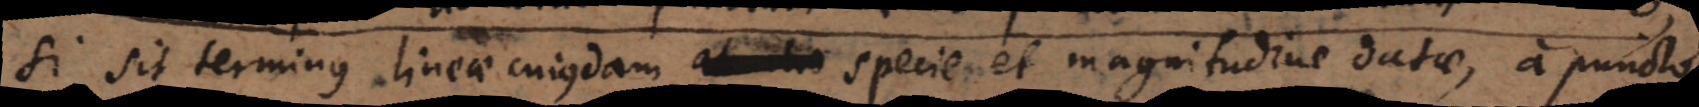
si sit terminus lineae cujusdam specie et magnitudine datae, a puncto